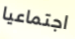
اجتماعيا